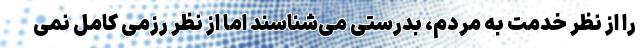
را از نظر خدمت به مردم، بدرستی می‌شناسند اما از نظر رزمی کامل نمی